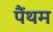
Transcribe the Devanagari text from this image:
पैंथम